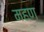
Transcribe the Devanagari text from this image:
महण